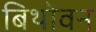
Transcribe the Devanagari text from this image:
बिथोवन